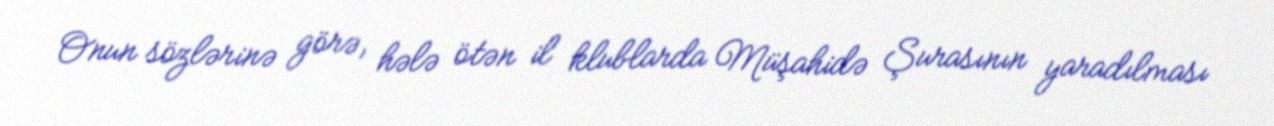
Onun sözlərinə görə, hələ ötən il klublarda Müşahidə Şurasının yaradılması